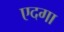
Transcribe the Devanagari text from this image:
एदगा